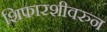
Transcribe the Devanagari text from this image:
शिफारशीवरुन